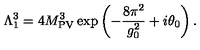
\Lambda _ { 1 } ^ { 3 } = 4 M _ { \mathrm { P V } } ^ { 3 } \exp \left( - \frac { 8 \pi ^ { 2 } } { g _ { 0 } ^ { 2 } } + i \theta _ { 0 } \right) .